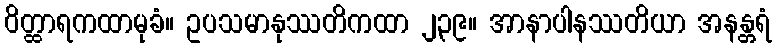
ဝိတ္ထာရကထာမုခံ။ ဥပသမာနုဿတိကထာ ၂၃၉။ အာနာပါနဿတိယာ အနန္တရံ